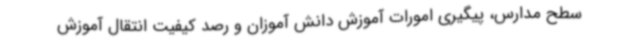
سطح مدارس، پیگیری امورات آموزش دانش آموزان و رصد کیفیت انتقال آموزش